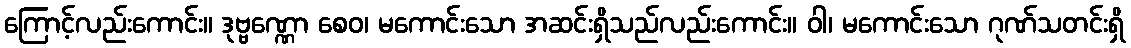
ကြောင့်လည်းကောင်း။ ဒုဗ္ဗဏ္ဏော စေဝ၊ မကောင်းသော အဆင်းရှိသည်လည်းကောင်း။ ဝါ၊ မကောင်းသော ဂုဏ်သတင်းရှိ